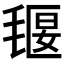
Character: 𣯄